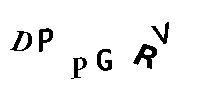
DPPGRV